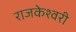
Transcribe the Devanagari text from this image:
राजकेश्‍वरी